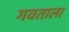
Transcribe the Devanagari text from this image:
गवताला